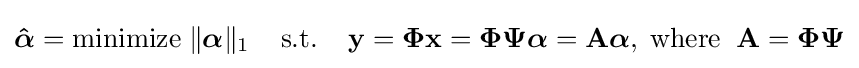
{{\boldsymbol {\hat {\mathbf {\boldsymbol {\alpha }} }}}={\mbox{minimize}}\;\Vert \mathbf {\boldsymbol {\alpha }} \Vert _{1}\;\;\;\;{\mbox{s.t.}}\;\;\;\;\mathbf {y} =\mathbf {\Phi x} =\mathbf {\Phi \Psi } \mathbf {\boldsymbol {\alpha }} =\mathbf {A{\boldsymbol {\alpha }}} ,\;{\mbox{where}}\;\;\mathbf {A} =\mathbf {\Phi \Psi } }